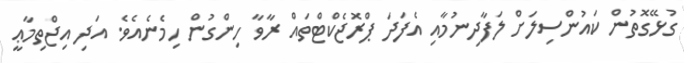
ގުޅޭގޮތުން ކައުންސިލަށް ލަފާދިނުމާއި އެފަދަ ޕްރޮޖެކްޓްތައް ރާވާ ހިންގުން ހިމެނެއެވެ. އަދި އިޖްތިމާޢީ